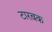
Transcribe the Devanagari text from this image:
टारबक